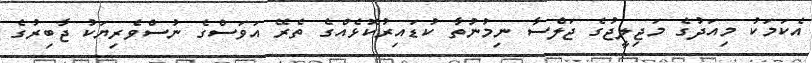
އެކަމަކު މިއަދުގެ މަޖިލީޖުގެ ޖަލްސާ ނިމުނުތާ ކުޑައިރުކޮޅެއްގެ ތެރޭ އަވަސްގެ ނުސްވެރިޔަކު ޖާބިރުގެ